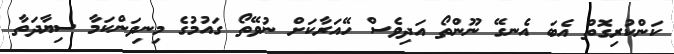
ކަންކުރިގޮތް އެބަ އެނގޭ ނޫންތޯ އަދިވެސް ހޭއަރާކަށް ނުވޭތޯ ގައުމުގެ މިނިވަންކަމާ ސިޔާދަތާ